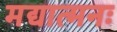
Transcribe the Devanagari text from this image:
मद्यात्मनः